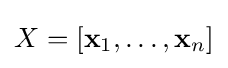
X=[\mathbf {x} _{1},\ldots ,\mathbf {x} _{n}]